Vaccination in the Punjab 1867-1880 - 1867-1880
Year: 1867
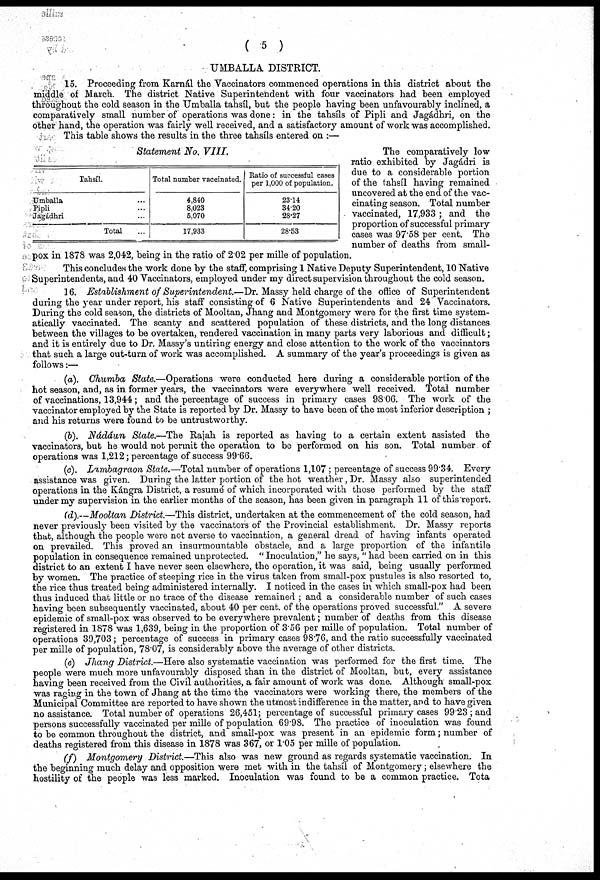
( 5 )
UMBALLA DISTRICT.
15. Proceeding from Karnál the Vaccinators commenced operations in this district about the
middle of March. The district Native Superintendent with four vaccinators had been employed
throughout the cold season in the Umballa tahsíl, but the people having been unfavourably inclined, a
comparatively small number of operations was done: in the tahsíls of Pipli and Jagádhri, on the
other hand, the operation was fairly well received, and a satisfactory amount of work was accomplished.
This table shows the results in the three tahsíls entered on :—
Statement No. VIII.
Tahsíl.
Umballa ...
Pipli ...
Jagádhri ...
Total ...
Total number vaccinated.
4,840
8,023
5,970
17,933
Ratio of 6uccessfnl cases
per 1,000 of population.
23.14
34.20
28.27
28.53
The comparatively low
ratio exhibited by Jagádri is
due to a considerable portion
of the tahsíl having remained
uncovered at the end of the vac-
cinating season. Total number
vaccinated, 17,933 ; and the
proportion of successful primary
cases was 97.58 per cent. The
number of deaths from small-
pox in 1878 was 2,042, being in the ratio of 2.02 per mille of population.
This concludes the work done by the staff, comprising 1 Native Deputy Superintendent, 10 Native
Superintendents, and 40 Vaccinators, employed under my direct supervision throughout the cold season.
16. Establishment of Superintendent.—Dr.
Massy held charge of the office of Superintendent
during the year under report, his staff consisting of 6 Native Superintendents and 24 Vaccinators.
During the cold season, the districts of Mooltan, Jhang and Montgomery were for the first time system-
atically vaccinated. The scanty and scattered population of these districts, and the long distances
between the villages to be overtaken, rendered vaccination in many parts very laborious and difficult;
and it is entirely due to Dr. Massy's untiring energy and close attention to the work of the vaccinators
that such a large out-turn of work was accomplished. A summary of the year's proceedings is given as
follows:—
(a). Chumba State.—Operations were conducted here during a considerable portion of the
hot season, and, as in former years, the vaccinators were everywhere well received. Total number
of vaccinations, 13,944; and the percentage of success in primary cases 98.06. The work of the
vaccinator employed by the State is reported by Dr. Massy to have been of the most inferior description ;
and his returns were found to be untrustworthy.
(b). Nádáun State.—The Rajah is reported as having to a certain extent assisted the
vaccinators, but he would not permit the operation to be performed on his son. Total number of
operations was 1,212; percentage of success 99.66.
(c). Lambagraon State.—Total number of operations 1,107 ; percentage of success 99.34. Every
assistance was given. During the latter portion of the hot weather, Dr. Massy also superintended
operations in the Kángra District, a resumé of which incorporated with those performed by the staff
under my supervision in the earlier months of the season, has been given in paragraph 11 of this report.
(d).—Mooltan District.—This district, undertaken at the commencement of the cold season, had
never previously been visited by the vaccinators of the Provincial establishment. Dr. Massy reports
that, although the people were not averse to vaccination, a general dread of having infants operated
on prevailed. This proved an insurmountable obstacle, and a large proportion of the infantile
population in consequence remained unprotected. " Inoculation," he says, " had been carried on in this
district to an extent I have never seen elsewhere, the operation, it was said, being usually performed
by women. The practice of steeping rice in the virus taken from small-pox pustules is also resorted to,
the rice thus treated being administered internally. I noticed in the cases in which small-pox had been
thus induced that little or no trace of the disease remained ; and a considerable number of such cases
having been subsequently vaccinated, about 40 per cent. of the operations proved successful." A severe
epidemic of small-pox was observed to be everywhere prevalent; number of deaths from this disease
registered in 1878 was 1,639, being in the proportion of 3.56 per mille of population. Total number of
operations 39,703 ; percentage of success in primary cases 98.76, and the ratio successfully vaccinated
per mille of population, 78.07, is considerably above the average of other districts.
(e) Jhang District.—Here also systematic vaccination was performed for the first time. The
people were much more unfavourably disposed than in the district of Mooltan, but, every assistance
having been received from the Civil authorities, a fair amount of work was done. Although small-pox
was raging in the town of Jhang at the time the vaccinators were working there, the members of the
Municipal Committee are reported to have shown the utmost indifference in the matter, and to have given
no assistance. Total number of operations 26,451; percentage of successful primary cases 99.23 ; and
persons successfully vaccinated per mille of population 69.98. The practice of inoculation was found
to be common throughout the district, and small-pox was present in an epidemic form; number of
deaths registered from this disease in 1878 was 367, or 1.05 per mille of population.
(f) Montgomery District.—This also was new ground as regards systematic vaccination. In
the beginning much delay and opposition were met with in the tahsíl of Montgomery; elsewhere the
hostility of the people was less marked. Inoculation was found to be a common practice. Tota